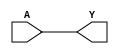
module BUF(A, Y);
input A;
output Y;
assign Y = A;
endmodule

module NOT(A, Y);
input A;
output Y;
assign Y = ~A;
endmodule

module NAND(A, B, Y);
input A, B;
output Y;
assign Y = ~(A & B);
endmodule

module NOR(A, B, Y);
input A, B;
output Y;
assign Y = ~(A | B);
endmodule

module DFF(C, D, Q);
input C, D;
output reg Q;
always @(posedge C)
	Q <= D;
endmodule

module DFFSR(C, D, Q, S, R);
input C, D, S, R;
output reg Q;
always @(posedge C, posedge S, posedge R)
	if (S)
		Q <= 1'b1;
	else if (R)
		Q <= 1'b0;
	else
		Q <= D;
endmodule